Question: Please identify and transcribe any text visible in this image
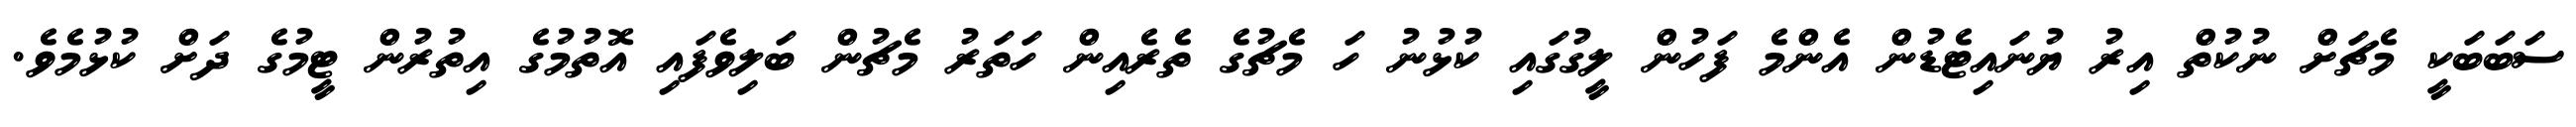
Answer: ސަބަބަކީ މެޗަށް ނުކުތް އިރު ޔުނައިޓެޑުން އެންމެ ފަހުން ލީގުގައި ކުޅުނު ހަ މެޗުގެ ތެރެއިން ހަތަރު މެޗުން ބަލިވެފައި އޮތުމުގެ އިތުރުން ޓީމުގެ ދަށް ކުޅުމެވެ.